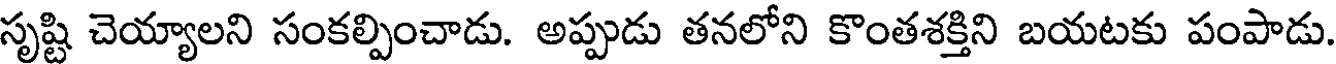
సృష్టి చెయ్యాలని సంకల్పించాడు. అప్పుడు తనలోని కొంతశక్తిని బయటకు పంపాడు.